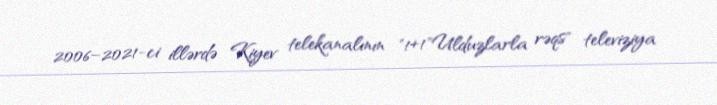
2006–2021-ci illərdə Kiyev telekanalının "1+1"Ulduzlarla rəqs" televiziya